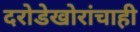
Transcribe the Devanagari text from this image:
दरोडेखोरांचाही